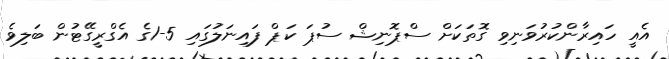
އެއީ ހައިރާންކުރުވަނިވި ގޮތަކަށް ސްޕޮނިޝް ސުޕަ ކަޕް ފައިނަލުގައި 5-1ގެ އެގްރީގޭޓުން ބަލިވެ